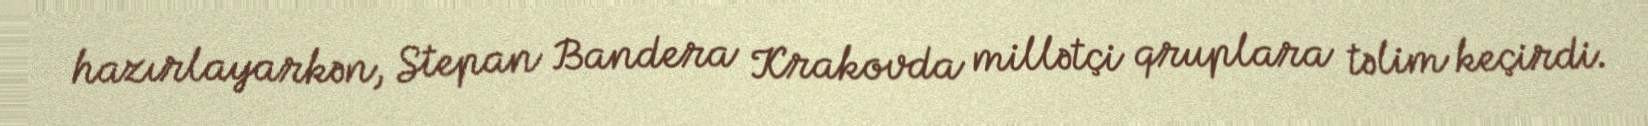
hazırlayarkən, Stepan Bandera Krakovda millətçi qruplara təlim keçirdi.